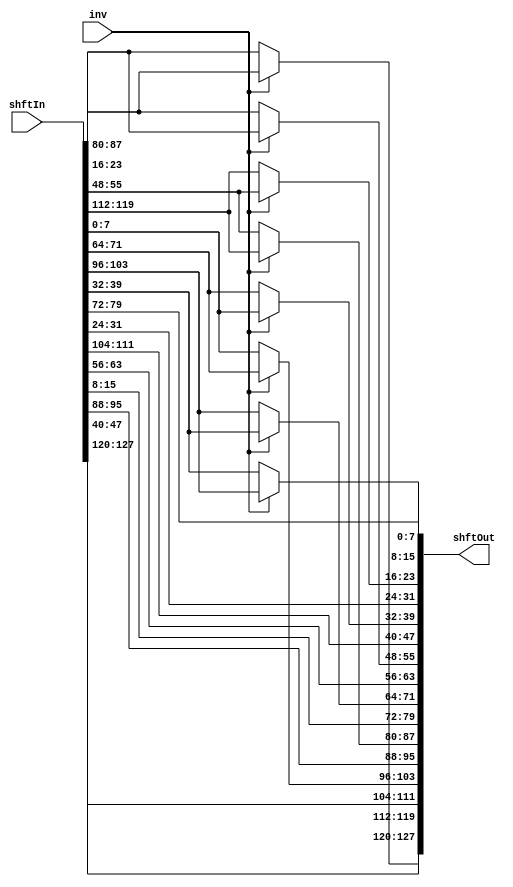
module shiftRows(
	 output [127:0] shftOut, 
	 input [127:0] shftIn,	
	 input inv					
    );
	 assign shftOut[127:120] = shftIn[127:120];
	 assign shftOut[95:88] = shftIn[95:88];
	 assign shftOut[63:56] = shftIn[63:56];
	 assign shftOut[31:24] = shftIn[31:24];
	 assign shftOut[119:112] = (inv)?(shftIn[23:16]):(shftIn[87:80]);
	 assign shftOut[87:80] = (inv)?(shftIn[119:112]):(shftIn[55:48]);
	 assign shftOut[55:48] = (inv)?(shftIn[87:80]):(shftIn[23:16]);
	 assign shftOut[23:16] = (inv)?(shftIn[55:48]):(shftIn[119:112]);
	 assign shftOut[111:104] = shftIn[47:40];
	 assign shftOut[79:72] = shftIn[15:8];
	 assign shftOut[47:40] = shftIn[111:104];
	 assign shftOut[15:8] = shftIn[79:72];
	 assign shftOut[103:96] = (inv)?(shftIn[71:64]):(shftIn[7:0]);
	 assign shftOut[71:64] = (inv)?(shftIn[39:32]):(shftIn[103:96]);
	 assign shftOut[39:32] = (inv)?(shftIn[7:0]):(shftIn[71:64]);
	 assign shftOut[7:0] = (inv)?(shftIn[103:96]):(shftIn[39:32]);
endmodule